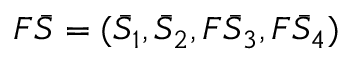
F \bar { S } = ( \bar { S } _ { 1 } , \bar { S } _ { 2 } , F \bar { S } _ { 3 } , F \bar { S } _ { 4 } )